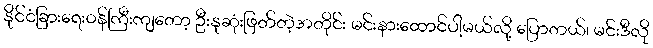
နိုင်ငံခြားရေးဝန်ကြီးကျတော့ ဦးနုဆုံးဖြတ်တဲ့အတိုင်း မင်းနားထောင်ပါ့မယ်လို့ ပြောတယ်၊ မင်းဒီလို